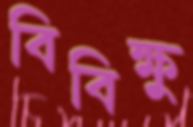
বিবিক্ষু